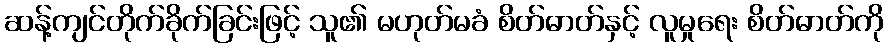
ဆန့်ကျင်တိုက်ခိုက်ခြင်းဖြင့် သူ၏ မဟုတ်မခံ စိတ်ဓာတ်နှင့် လူမှုရေး စိတ်ဓာတ်ကို